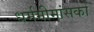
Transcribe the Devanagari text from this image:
धर्ममीमांसकों